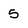
Character: 5